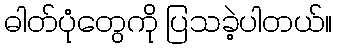
ဓါတ်ပုံတွေကို ပြသခဲ့ပါတယ်။